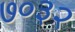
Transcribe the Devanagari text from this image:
७०३२